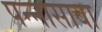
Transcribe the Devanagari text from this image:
पन्नासावा